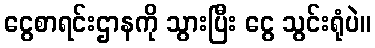
ငွေစာရင်းဌာနကို သွားပြီး ငွေ သွင်းရုံပဲ။